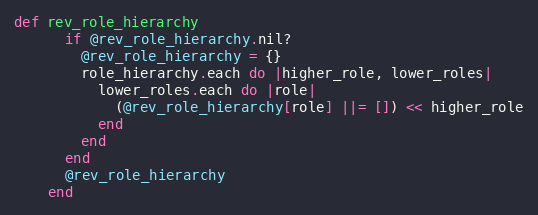
Language: Ruby
def rev_role_hierarchy
      if @rev_role_hierarchy.nil?
        @rev_role_hierarchy = {}
        role_hierarchy.each do |higher_role, lower_roles|
          lower_roles.each do |role|
            (@rev_role_hierarchy[role] ||= []) << higher_role
          end
        end
      end
      @rev_role_hierarchy
    end